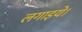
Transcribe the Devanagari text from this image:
लगाइये।